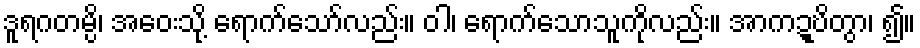
ဒူရဂတမ္ပိ၊ အဝေးသို့ ရောက်သော်လည်း။ ဝါ၊ ရောက်သောသူကိုလည်း။ အာကဍ္ဎိတွာ၊ ၍။